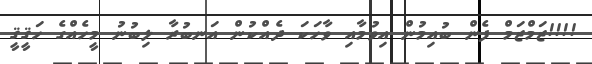
!!!!ޒަމްޒަމް ފެން ބުއިމުން އިވުމާއި ވާހަކަ ދެއްކުން އަނބުރާ ލިބުނު މީހެއްގެ ހަޤީޤީ